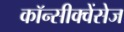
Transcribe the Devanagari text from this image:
कॉन्सीक्वेंसेज